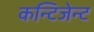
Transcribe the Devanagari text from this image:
कन्टिजेन्ट